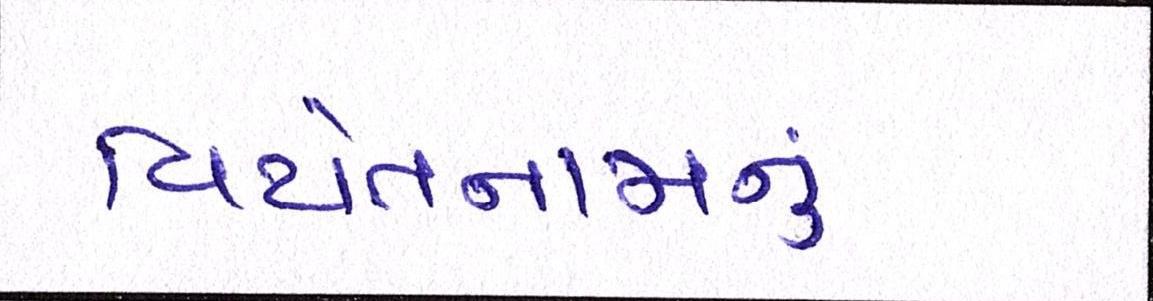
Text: વિયેતનામનું